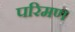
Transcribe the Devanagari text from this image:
परिमण